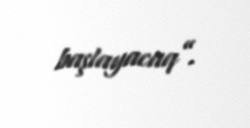
başlayacaq”.